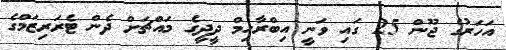
އަހަރުގެ ޖޫން 25 ގައި ވަނީ އިބްރާހިމް ދީދީގެ މައްޗަށް ދެން ޓެރަރިޒަމްގެ